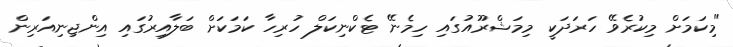
"މިކަމަށް މިކުރެވޭ ހަރަދަކީ މިމަޝްރޫއުގައި ހިމެނޭ ޓެކްނިކަލް ހުރިހާ ކަމަކަށް ބަލާއިރުގައި އިންޖިނިއަރިން